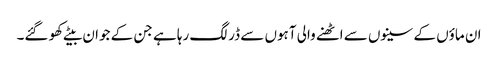
ان ماؤں کے سینوں سے اٹھنے والی آہوں سے ڈر لگ رہا ہے جن کے جوان بیٹے کھو گئے۔